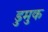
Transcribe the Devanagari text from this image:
डुमुक